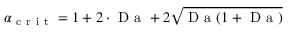
\alpha _ { \mathrm { ~ c ~ r ~ i ~ t ~ } } = 1 + 2 \cdot \mathrm { ~ D ~ a ~ } + 2 \sqrt { \mathrm { ~ D ~ a ~ } ( 1 + \mathrm { ~ D ~ a ~ } ) }